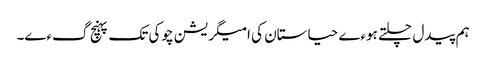
ہم پیدل چلتے ہوءے حیاستان کی امیگریشن چوکی تک پہنچ گءے۔